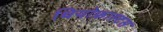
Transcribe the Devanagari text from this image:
थियोफ्रास्टस